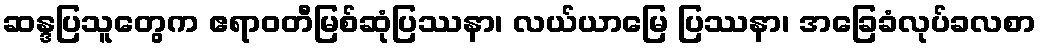
ဆန္ဒပြသူတွေက ဧရာဝတီမြစ်ဆုံပြဿနာ၊ လယ်ယာမြေ ပြဿနာ၊ အခြေခံလုပ်ခလစာ